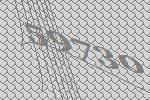
59730